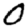
Digit: 0